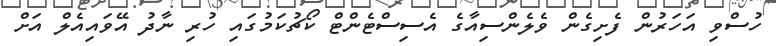
ހުސްވި އަހަރުން ފެށިގެން ވެލެންސިއާގެ އެސިސްޓެންޓް ކޯޗުކަމުގައި ހުރި ނާދު އޭވައިއެލް އަށް